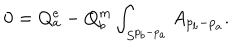
0 = Q _ { a } ^ { e } - Q _ { b } ^ { m } \int _ { S ^ { p _ { b } - p _ { a } } } A _ { p _ { b } - p _ { a } } .